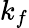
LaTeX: k_{f}